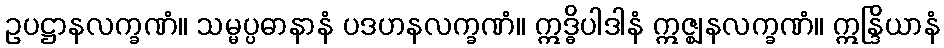
ဥပဋ္ဌာနလက္ခဏံ။ သမ္မပ္ပဓာနာနံ ပဒဟနလက္ခဏံ။ ဣဒ္ဓိပါဒါနံ ဣဇ္ဈနလက္ခဏံ။ ဣန္ဒြိယာနံ